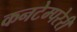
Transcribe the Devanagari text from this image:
कनटेम्परेरी